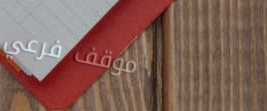
موقف فرعي